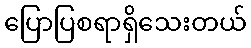
ပြောပြစရာရှိသေးတယ်